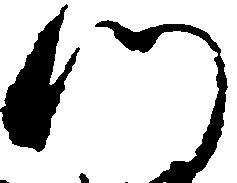
門